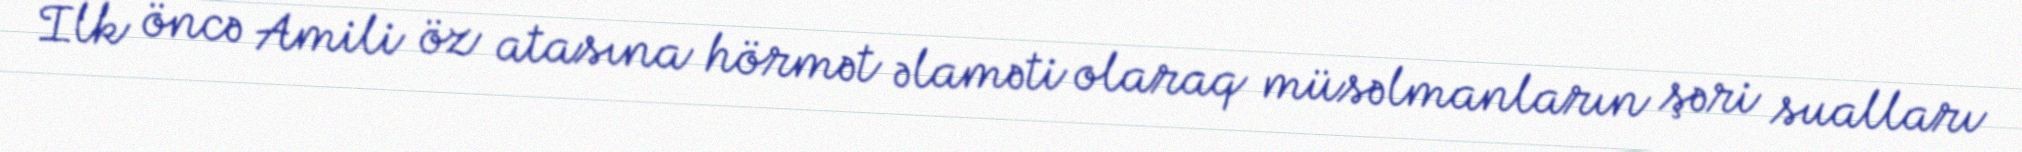
İlk öncə Amili öz atasına hörmət əlaməti olaraq müsəlmanların şəri sualları